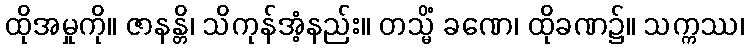
ထိုအမှုကို။ ဇာနန္တိ၊ သိကုန်အံ့နည်း။ တသ္မိံ ခဏေ၊ ထိုခဏ၌။ သက္ကဿ၊